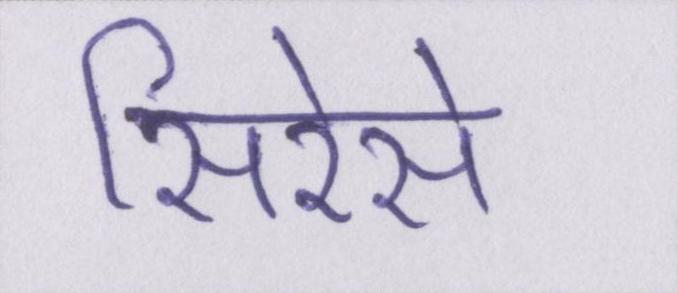
सिरेसे